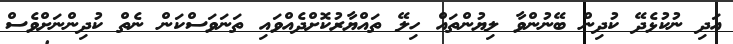
އަދި ނުކުޅެދޭ ކުދިން ބޭނުންވާ ލިޔުންތައް ހިލޭ ތައްޔާރުކޮށްދެއްވައި ތަނަވަސްކަން ނެތް ކުދިންނަށްވެސް